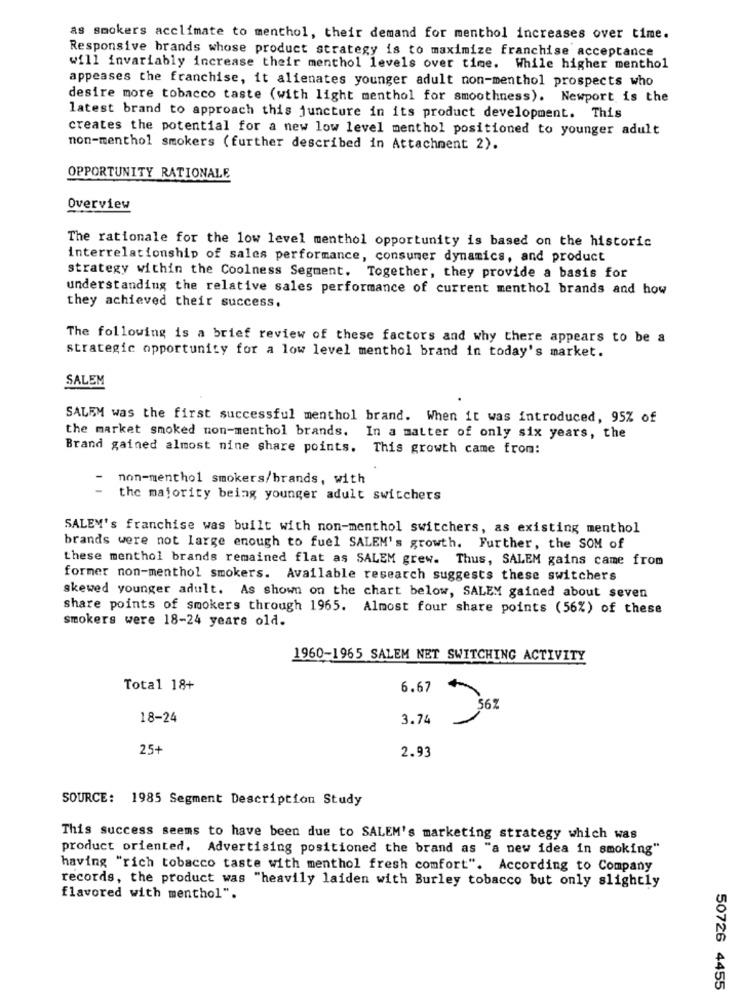
as smokers acclimate to menthol, their demand for menthol increases over time.
Responsive brands whose product strategy is to maximize franchise acceptance
will invariably increase their menthol levels over time. While higher menthol
appeases the franchise, it alienates younger adult non-menthol prospects who
desire more tobacco taste (with light menthol for smoothness). Newport is the
latest brand to approach this juncture in its product development. This
creates the potential for a new low level menthol positioned to younger adult
non-menthol smokers (further described in Attachment 2).
OPPORTUNITY RATIONALE
Overview
The rationale for the low level menthol opportunity is based on the historic
interrelationship of sales performance, consumer dynamics, and product
strategy within the Coolness Segment. Together, they provide a basis for
understanding the relative sales performance of current menthol brands and how
they achieved their success,
The following is a brief review of these factors and why there appears to be a
strategic opportunity for a low level menthol brand in today's market.
SALEM
SALEM was the first successful menthol brand. When it was introduced, 95% of
the market smoked non-menthol brands. In a matter of only six years, the
Brand gained almost nine share points. This growth came from:
-
non-menthol smokers/brands, with
the majority being younger adult switchers
SALEM's franchise was built with non-menthol switchers, as existing menthol
brands were not large enough to fuel SALEM's growth. Further, the SOM of
these menthol brands remained flat as SALEM grew. Thus, SALEM gains came from
former non-menthol smokers. Available research suggests these switchers
skewed younger adult. As shown on the chart below, SALEM gained about seven
share points of smokers through 1965. Almost four share points (56%) of these
smokers were 18-24 years old.
1960-1965 SALEM NET SWITCHING ACTIVITY
Total 18+
6.67
/
18-24
3.74
25+
2.93
SOURCE: 1985 Segment Description Study
This success seems to have been due to SALEM's marketing strategy which was
product oriented. Advertising positioned the brand as "a new idea in smoking"
having "rich tobacco taste with menthol fresh comfort". According to Company
records, the product was "heavily laiden with Burley tobacco but only slightly
flavored with menthol".
50726 4455